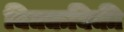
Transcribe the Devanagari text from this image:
विक्कविकी